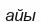
айы